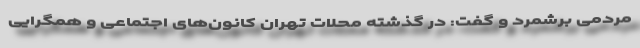
مردمی برشمرد و گفت: در گذشته محلات تهران کانون‌های اجتماعی و همگرایی